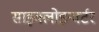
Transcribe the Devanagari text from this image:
साइक्लोइन्वर्टर